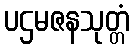
ပဌမဇနသုတ္တံ